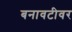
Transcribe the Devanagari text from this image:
बनावटीवर